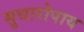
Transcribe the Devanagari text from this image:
सुधारोपाय